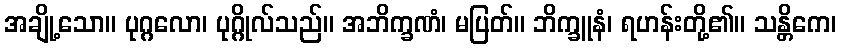
အချို့သော။ ပုဂ္ဂလော၊ ပုဂ္ဂိုလ်သည်။ အဘိက္ခဏံ၊ မပြတ်။ ဘိက္ခူနံ၊ ရဟန်းတို့၏။ သန္တိကေ၊